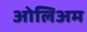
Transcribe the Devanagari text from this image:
ओलिअम